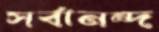
সর্বানন্দ